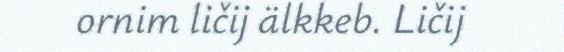
ornim ličij älkkeb. Ličij